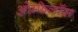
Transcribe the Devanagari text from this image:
ओम्फेलॉस